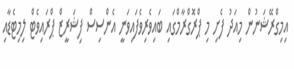
އިމިގްރޭޝަނުން މިއަދު ފެށި މި ޕްރޮގްރާމްގައި ބައިވެރިވެފައިވަނީ އެންސިސް ފިޝަރީޒް ޕްރައިވެޓް ލިމިޓެޑާއި